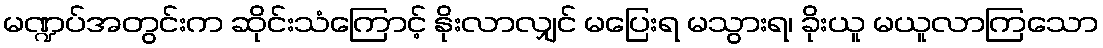
မဏ္ဍပ်အတွင်းက ဆိုင်းသံကြောင့် နိုးလာလျှင် မပြေးရ မသွားရ၊ ခိုးယူ မယူလာကြသော